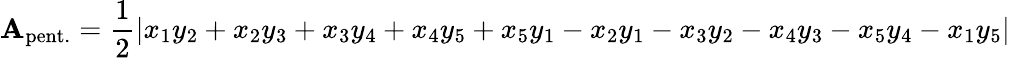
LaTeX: \mathbf{A}_{\mathrm{pent.}}={\frac{1}{2}}|x_{1}y_{2}+x_{2}y_{3}+x_{3}y_{4}+x_{4}y_{5}+x_{5}y_{1}-x_{2}y_{1}-x_{3}y_{2}-x_{4}y_{3}-x_{5}y_{4}-x_{1}y_{5}|